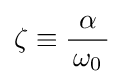
\zeta \equiv {\frac {\alpha }{\,\omega _{0}\,}}\;